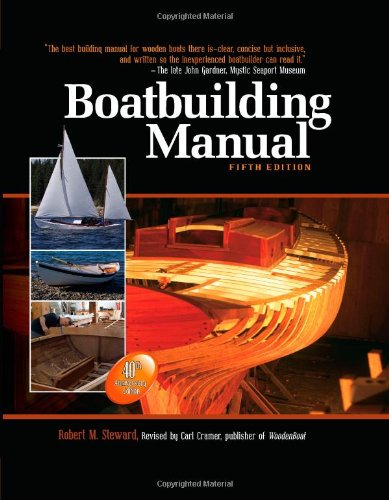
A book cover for Boatbuilding Manual, Fifth Edition; Robert Steward; Engineering & Transportation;